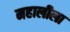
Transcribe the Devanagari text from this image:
महालीला